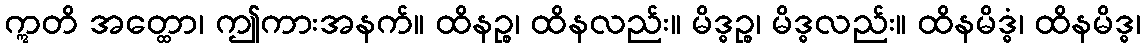
ဣတိ အတ္ထော၊ ဤကားအနက်။ ထိနဉ္စ၊ ထိနလည်း။ မိဒ္ဓဉ္စ၊ မိဒ္ဓလည်း။ ထိနမိဒ္ဓံ၊ ထိနမိဒ္ဓ၊